画像に写った文字を読んでください
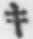
「キ」と書いてあります